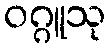
ဝဂ္ဂူသု